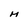
Character: M